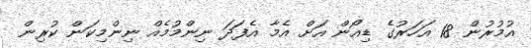
އުމުރުން 18 އަހަރުގެ ޑިއޯން އަށް އެމާ އެފަދަ ނިންމުމެއް ނިންމިކަން ކުރިން